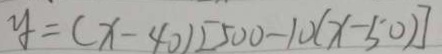
y = ( x - 4 0 ) [ 5 0 0 - 1 0 ( x - 5 0 ) ]